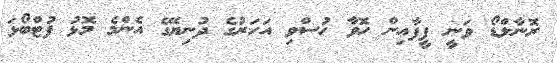
ރޮނާލްޑޯ ވަނީ ފީފާއިން ހޮވާ ހުސްވި އަހަރުގެ ދުނިޔޭގެ އެންމެ މޮޅު ފުޓްބޯޅަ